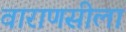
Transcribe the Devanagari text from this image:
वाराणसीला